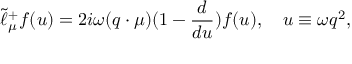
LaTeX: \tilde { \ell } _ { \mu } ^ { + } f ( u ) = 2 i \omega ( q \cdot \mu ) ( 1 - { \frac { d } { d u } } ) f ( u ) , \quad u \equiv \omega q ^ { 2 } ,